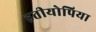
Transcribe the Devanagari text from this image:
इतीयोपिया